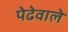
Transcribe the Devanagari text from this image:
पेढेवाले